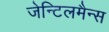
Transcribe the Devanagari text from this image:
जेन्टिलमैन्स